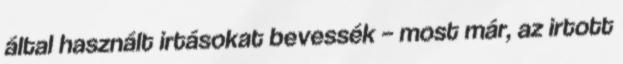
által használt irtásokat bevessék – most már, az irtott